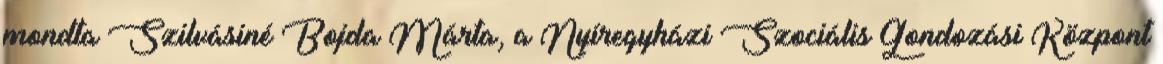
mondta Szilvásiné Bojda Márta, a Nyíregyházi Szociális Gondozási Központ